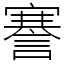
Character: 謇